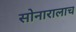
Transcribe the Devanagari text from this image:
सोनारालाच